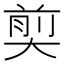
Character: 𪥗